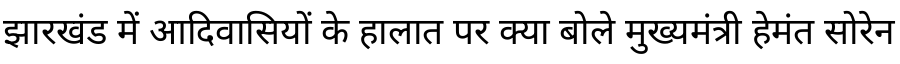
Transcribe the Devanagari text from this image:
झारखंड में आदिवासियों के हालात पर क्या बोले मुख्यमंत्री हेमंत सोरेन